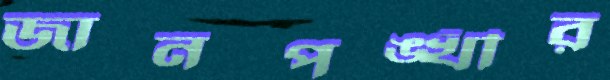
জানপঙ্খীর